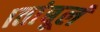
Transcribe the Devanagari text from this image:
।तांबूलं